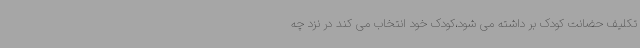
تکلیف حضانت کودک بر داشته می شود،کودک خود انتخاب می کند در نزد چه